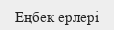
Еңбек ерлері